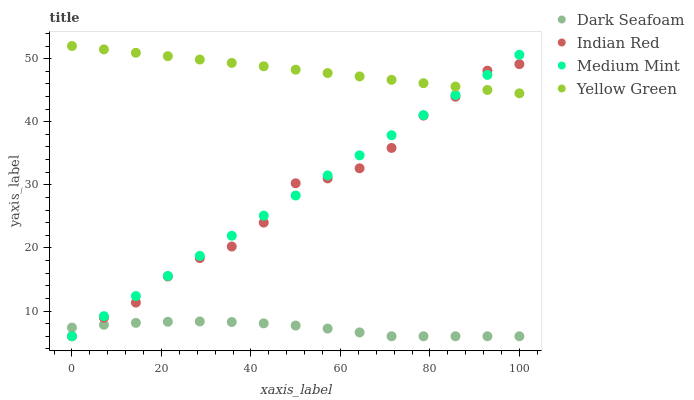
| xaxis_label | Dark Seafoam | Indian Red | Medium Mint | Yellow Green |
 | --- | --- | --- | --- | --- |
 | 0 | 7.38 | 6 | 6 | 52 |
 | 7.14 | 7.81 | 8.94 | 9.19 | 51.5 |
 | 14.3 | 8.12 | 11.3 | 12.4 | 50.9 |
 | 21.4 | 8.3 | 15.5 | 15.6 | 50.4 |
 | 28.6 | 8.34 | 18.4 | 18.7 | 49.9 |
 | 35.7 | 8.26 | 20.2 | 21.9 | 49.3 |
 | 42.9 | 8.04 | 24 | 25.1 | 48.8 |
 | 50 | 7.7 | 30.2 | 28.3 | 48.3 |
 | 57.1 | 7.22 | 31 | 31.5 | 47.7 |
 | 64.3 | 6.61 | 32.6 | 34.7 | 47.2 |
 | 71.4 | 6 | 35.8 | 37.9 | 46.6 |
 | 78.6 | 6 | 41 | 41 | 46.1 |
 | 85.7 | 6 | 44 | 44.2 | 45.6 |
 | 92.9 | 6 | 48.1 | 47.4 | 45 |
 | 100 | 6 | 49.1 | 50.6 | 44.5 |